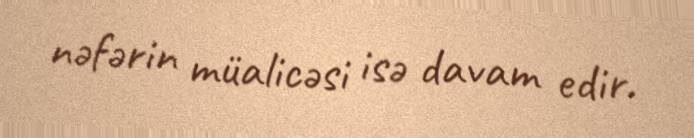
nəfərin müalicəsi isə davam edir.